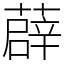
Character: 薜